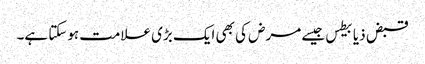
قبض ذیابیطس جیسے مرض کی بھی ایک بڑی علامت ہوسکتا ہے۔